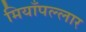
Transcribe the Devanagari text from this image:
मियाँपल्लार